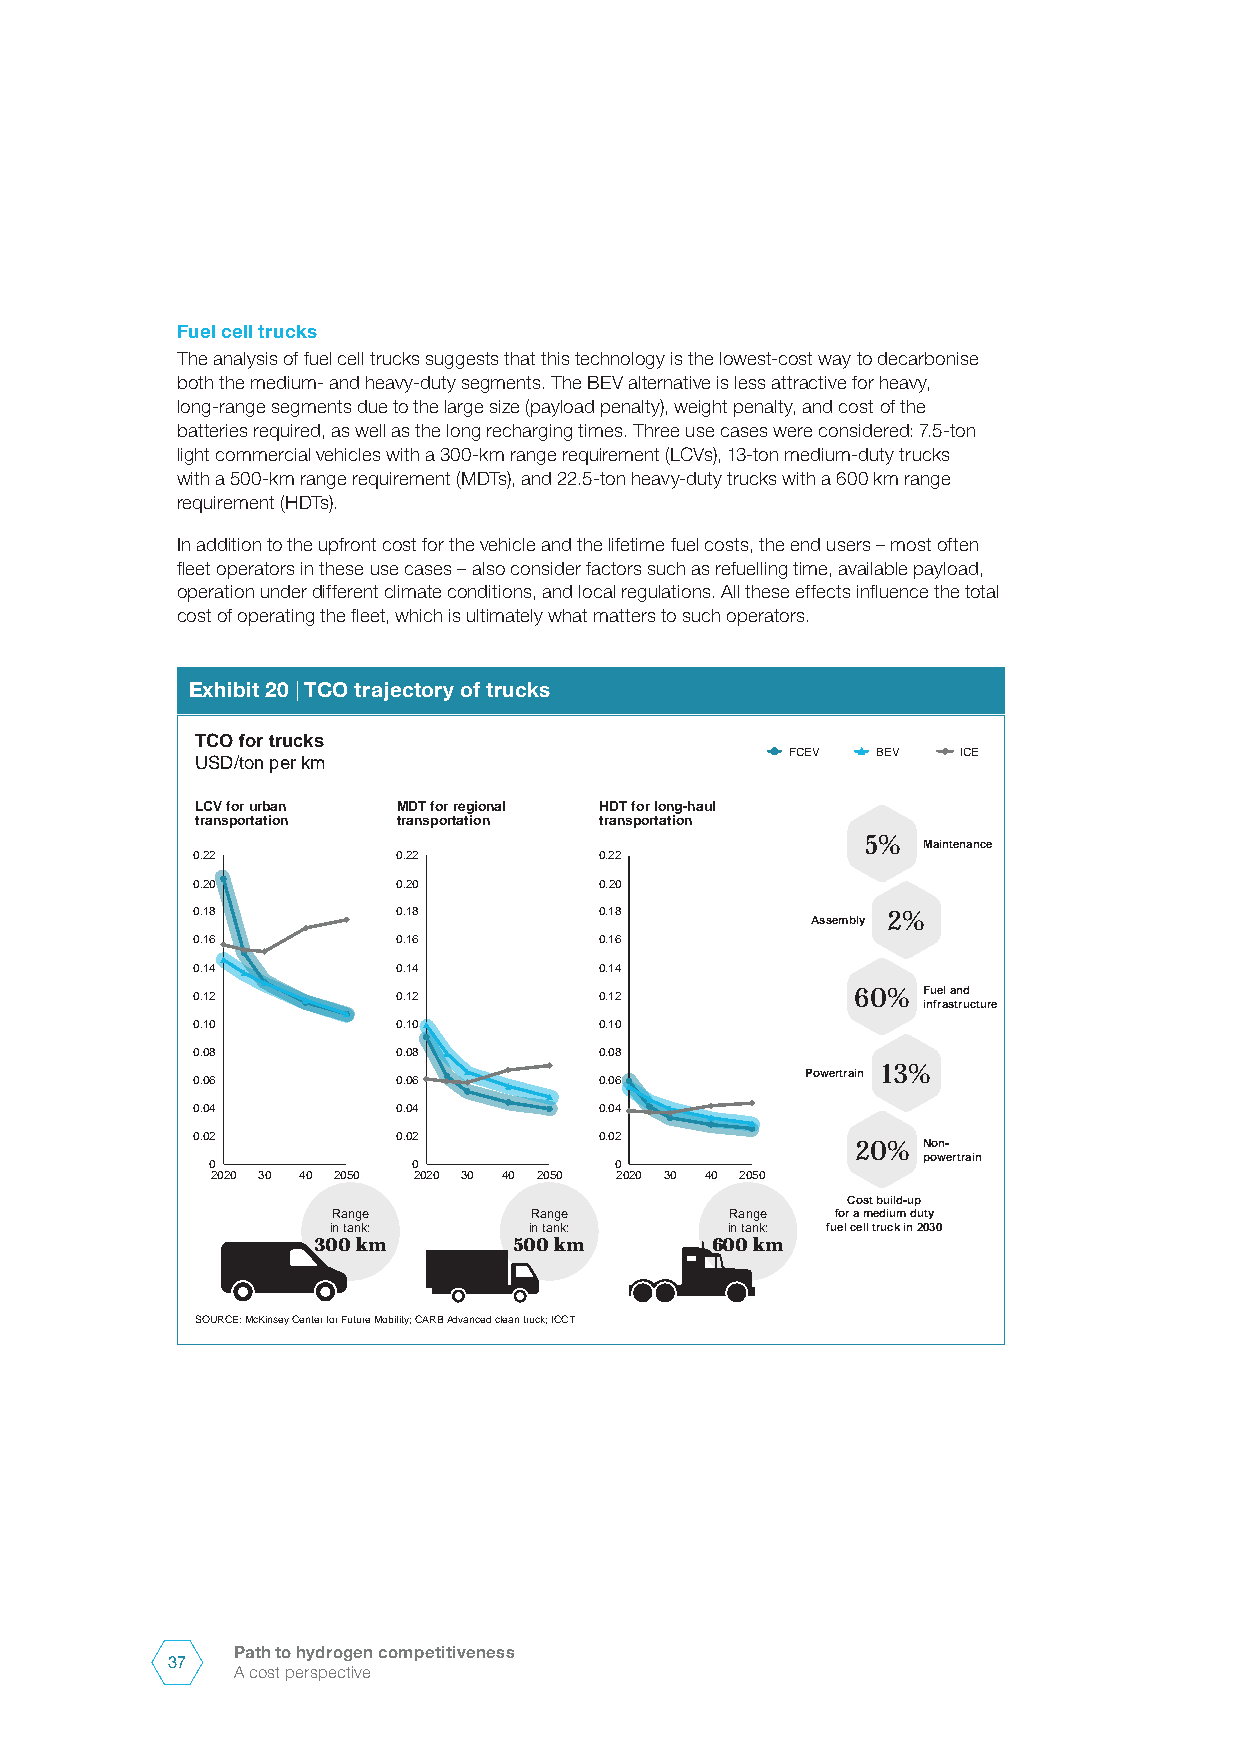
Fuel cell trucks
 The analysis of fuel cell trucks suggests that this technology is the lowest-cost way to decarbonise
 both the medium- and heavy-duty segments. The BEV alternative is less attractive for heavy,
 long-range segments due to the large size (payload penalty), weight penalty, and cost of the
 batteries required, as well as the long recharging times. Three use cases were considered: 7.5-ton
 light commercial vehicles with a 300-km range requirement (LCVs), 13-ton medium-duty trucks
 with a 500-km range requirement (MDTs), and 22.5-ton heavy-duty trucks with a 600 km range
 requirement (HDTs).
 In addition to the upfront cost for the vehicle and the lifetime fuel costs, the end users – most often
 fleet operators in these use cases – also consider factors such as refuelling time, available payload,
 operation under different climate conditions, and local regulations. All these effects influence the total
 cost of operating the fleet, which is ultimately what matters to such operators.
 Exhibit 20 | TCO trajectory of trucks
 TCO for trucks
 FCEV  BEV   ICE
 USD/ton per km
 LCV for urban MDT for regional HDT for long-haul
 transportation transportation transportation
 5%  Maintenance
 0.22         0.22          0.22
 0.20         0.20          0.20
 0.18         0.18          0.18          Assembly 2%
 0.16         0.16          0.16
 0.14         0.14          0.14
 0.12         0.12          0.12             60% Fuel and
 infrastructure
 0.10         0.10          0.10
 0.08         0.08          0.08
 0.06         0.06          0.06         Powertrain 13%
 0.04         0.04          0.04
 0.02         0.02          0.02
 20% Non-
 powertrain
 0            0             0
 2020 30 40 2050 2020 30 40 2050 2020 30 40 2050
 Cost build-up
 Range        Range        Range  for a medium duty
 in tank:     in tank:     in tank: fuel cell truck in 2030
 300 km       500 km       600 km
 SOURCE: McKinsey Center for Future Mobility;CARB Advanced clean truck; ICCT
 Path to hydrogen competitiveness
 37
 A cost perspective